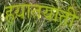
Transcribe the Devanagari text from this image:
हयातयाती